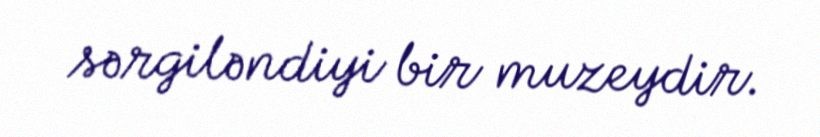
sərgiləndiyi bir muzeydir.